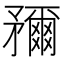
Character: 𥎖